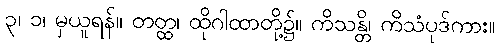
၃၊ ၁၊ မှယူရန်။ တတ္ထ၊ ထိုဂါထာတို့၌။ ကိသန္တိ၊ ကိသံပုဒ်ကား။